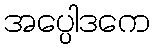
အပ္ပေါဒကေ